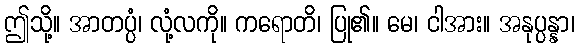
ဤသို့။ အာတပ္ပံ၊ လုံ့လကို။ ကရောတိ၊ ပြု၏။ မေ၊ ငါအား။ အနုပ္ပန္နာ၊